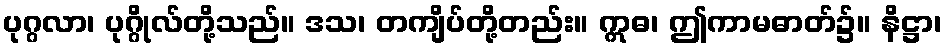
ပုဂ္ဂလာ၊ ပုဂ္ဂိုလ်တို့သည်။ ဒသ၊ တကျိပ်တို့တည်း။ ဣဓ၊ ဤကာမဓာတ်၌။ နိဋ္ဌာ၊